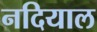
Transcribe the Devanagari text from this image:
नदियाल